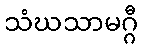
သံဃသာမဂ္ဂီ